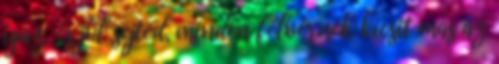
igaz, és jól sejted, minden félvérnek kicsit más az